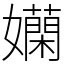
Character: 𡤄